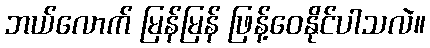
ဘယ်လောက် မြန်မြန် ဖြန့်ဝေနိုင်ပါသလဲ။